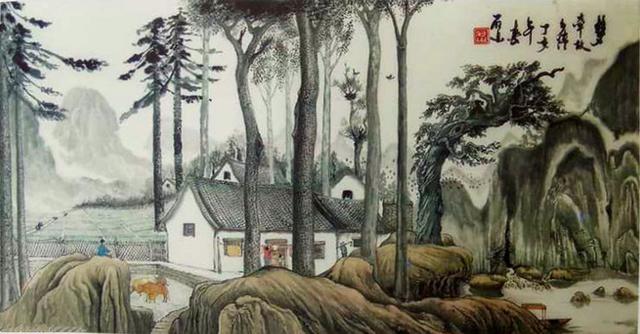
种竹淇园远致君，生平孤节负辛勤。